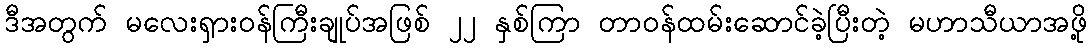
ဒီအတွက် မလေးရှားဝန်ကြီးချုပ်အဖြစ် ၂၂ နှစ်ကြာ တာဝန်ထမ်းဆောင်ခဲ့ပြီးတဲ့ မဟာသီယာအဖို့